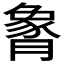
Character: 𬂏